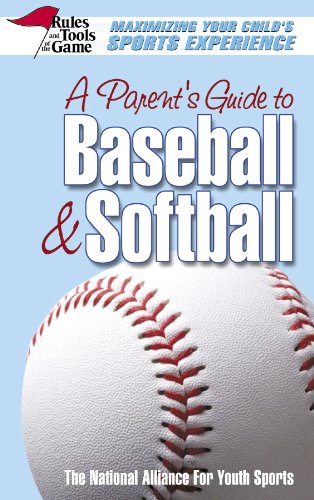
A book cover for A Parent's Guide to Baseball & Softball: Maxmizing Your Child's Sports Experience (Rules & Tools of the Game); Sports & Outdoors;